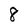
Character: 8